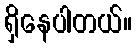
ရှိနေပါတယ်။